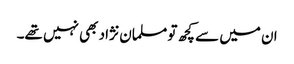
ان میں سے کچھ تو مسلمان نژاد بھی نہیں تھے۔